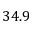
3 4 . 9